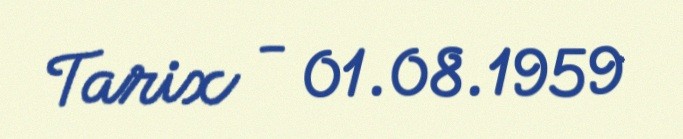
Tarix - 01.08.1959